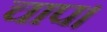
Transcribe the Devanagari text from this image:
चाप।